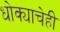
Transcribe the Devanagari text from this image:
धोक्याचेही